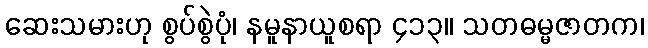
ဆေးသမားဟု စွပ်စွဲပုံ၊ နမူနာယူစရာ ၄၁၃။ သတဓမ္မဇာတက၊